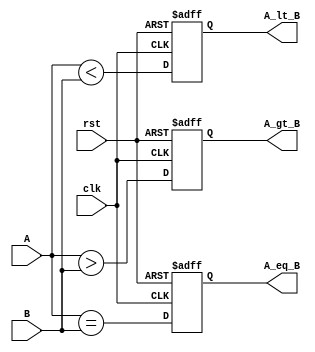
module ParameterizedComparator #(parameter WIDTH = 8) (
    input  wire [WIDTH-1:0] A,       // Input A
    input  wire [WIDTH-1:0] B,       // Input B
    output reg  A_gt_B,               // A greater than B
    output reg  A_lt_B,               // A less than B
    output reg  A_eq_B,               // A equal to B
    input  wire clk,                  // Clock for synchronous operation
    input  wire rst                   // Reset signal
);

    // Always block to handle the comparison
    always @(posedge clk or posedge rst) begin
        if (rst) begin
            // Reset outputs
            A_gt_B <= 1'b0;
            A_lt_B <= 1'b0;
            A_eq_B <= 1'b0;
        end else begin
            // Perform comparison
            A_gt_B <= (A > B);
            A_lt_B <= (A < B);
            A_eq_B <= (A == B);
        end
    end

endmodule